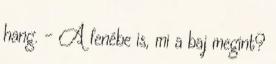
hang. - A fenébe is, mi a baj megint?